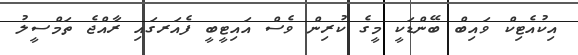
އިކުއެޓިކް ވައިބް ބޭންޑަކީ މީގެ ކުރިން ވެސް އައިޓީބީ ފެއަރގައި ރާއްޖެ ތަމްސީލު